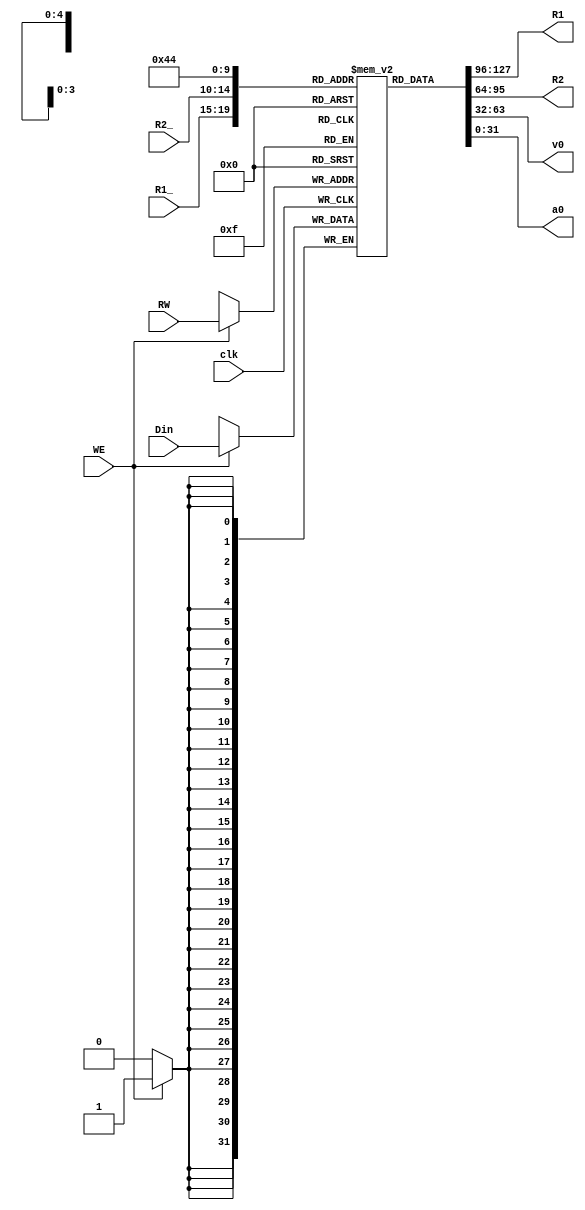
`timescale 1ns / 1ps
//////////////////////////////////////////////////////////////////////////////////
// Company: 
// Engineer: 
// 
// Design Name: 
// Module Name: regfile
// Project Name: 
// Target Devices: 
// Tool Versions: 
// Description: 
// 
// Dependencies: 
// 
// Revision:
// Revision 0.01 - File Created
// Additional Comments:
// 
//////////////////////////////////////////////////////////////////////////////////


module regfile(
    input clk,WE,
    input [4:0] R1_,R2_,RW,
    input [31:0] Din,
    output [31:0] R1,R2,v0,a0
    );
    
    reg [31:0] regs[31:0];
    integer k;
    assign R1 = regs[R1_];
    assign R2 = regs[R2_];
	assign v0 = regs[2];
	assign a0 = regs[4];

    initial
    begin
        for (k = 0; k < 32; k=k+1)
        begin
            regs[k] = 0;
        end    
    end
    always@(negedge clk)
    begin
        if (WE == 1)
            regs[RW] <= Din;
    end
    
endmodule